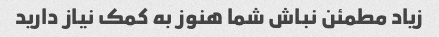
زیاد مطمئن نباش شما هنوز به کمک نیاز دارید